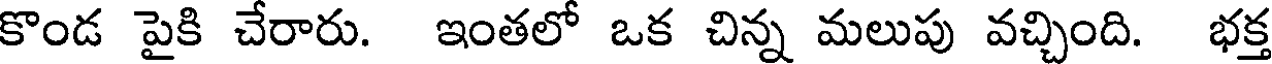
కొండ పైకి చేరారు. ఇంతలో ఒక చిన్న మలుపు వచ్చింది. భక్త